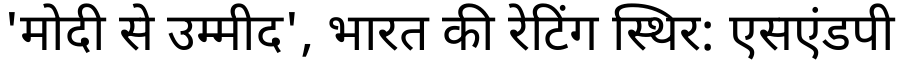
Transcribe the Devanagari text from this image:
'मोदी से उम्मीद', भारत की रेटिंग स्थिर: एसएंडपी